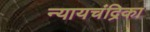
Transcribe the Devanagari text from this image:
न्यायचंद्रिका